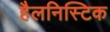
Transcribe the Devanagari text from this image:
हैलनिस्टिक